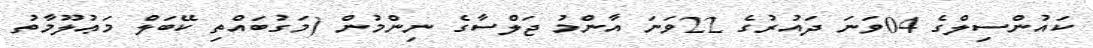
ކައުންސިލްގެ 04ވަނަ ދައުރުގެ 22ވަނަ އާންމު ޖަލްސާގެ ނިންމުން (މަގުބައްތި ކޭބަލް މަޢުލޫމާތު